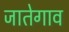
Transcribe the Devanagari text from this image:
जातेगाव